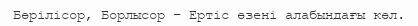
Бөрілісор, Борлысор – Ертіс өзені алабындағы көл.